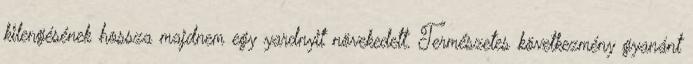
kilengésének hossza majdnem egy yardnyit növekedett. Természetes következmény gyanánt